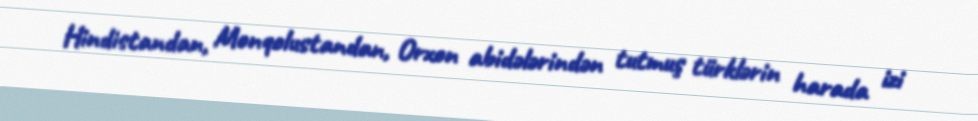
Hindistandan, Monqolustandan, Orxon abidələrindən tutmuş türklərin harada izi